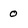
Character: 0